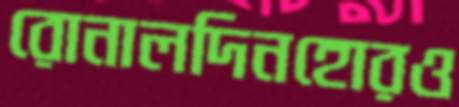
রোনালদিনহোরও